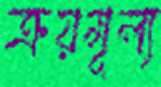
ক্রয়মূল্য